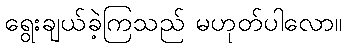
ရွေးချယ်ခဲ့ကြသည် မဟုတ်ပါလော။